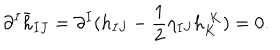
\partial ^ { I } \bar { h } _ { I J } = \partial ^ { I } ( h _ { I J } - \frac { 1 } { 2 } \eta _ { I J } h _ { K } ^ { \; K } ) = 0 .